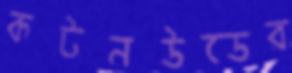
কটনউডের